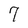
Character: 7